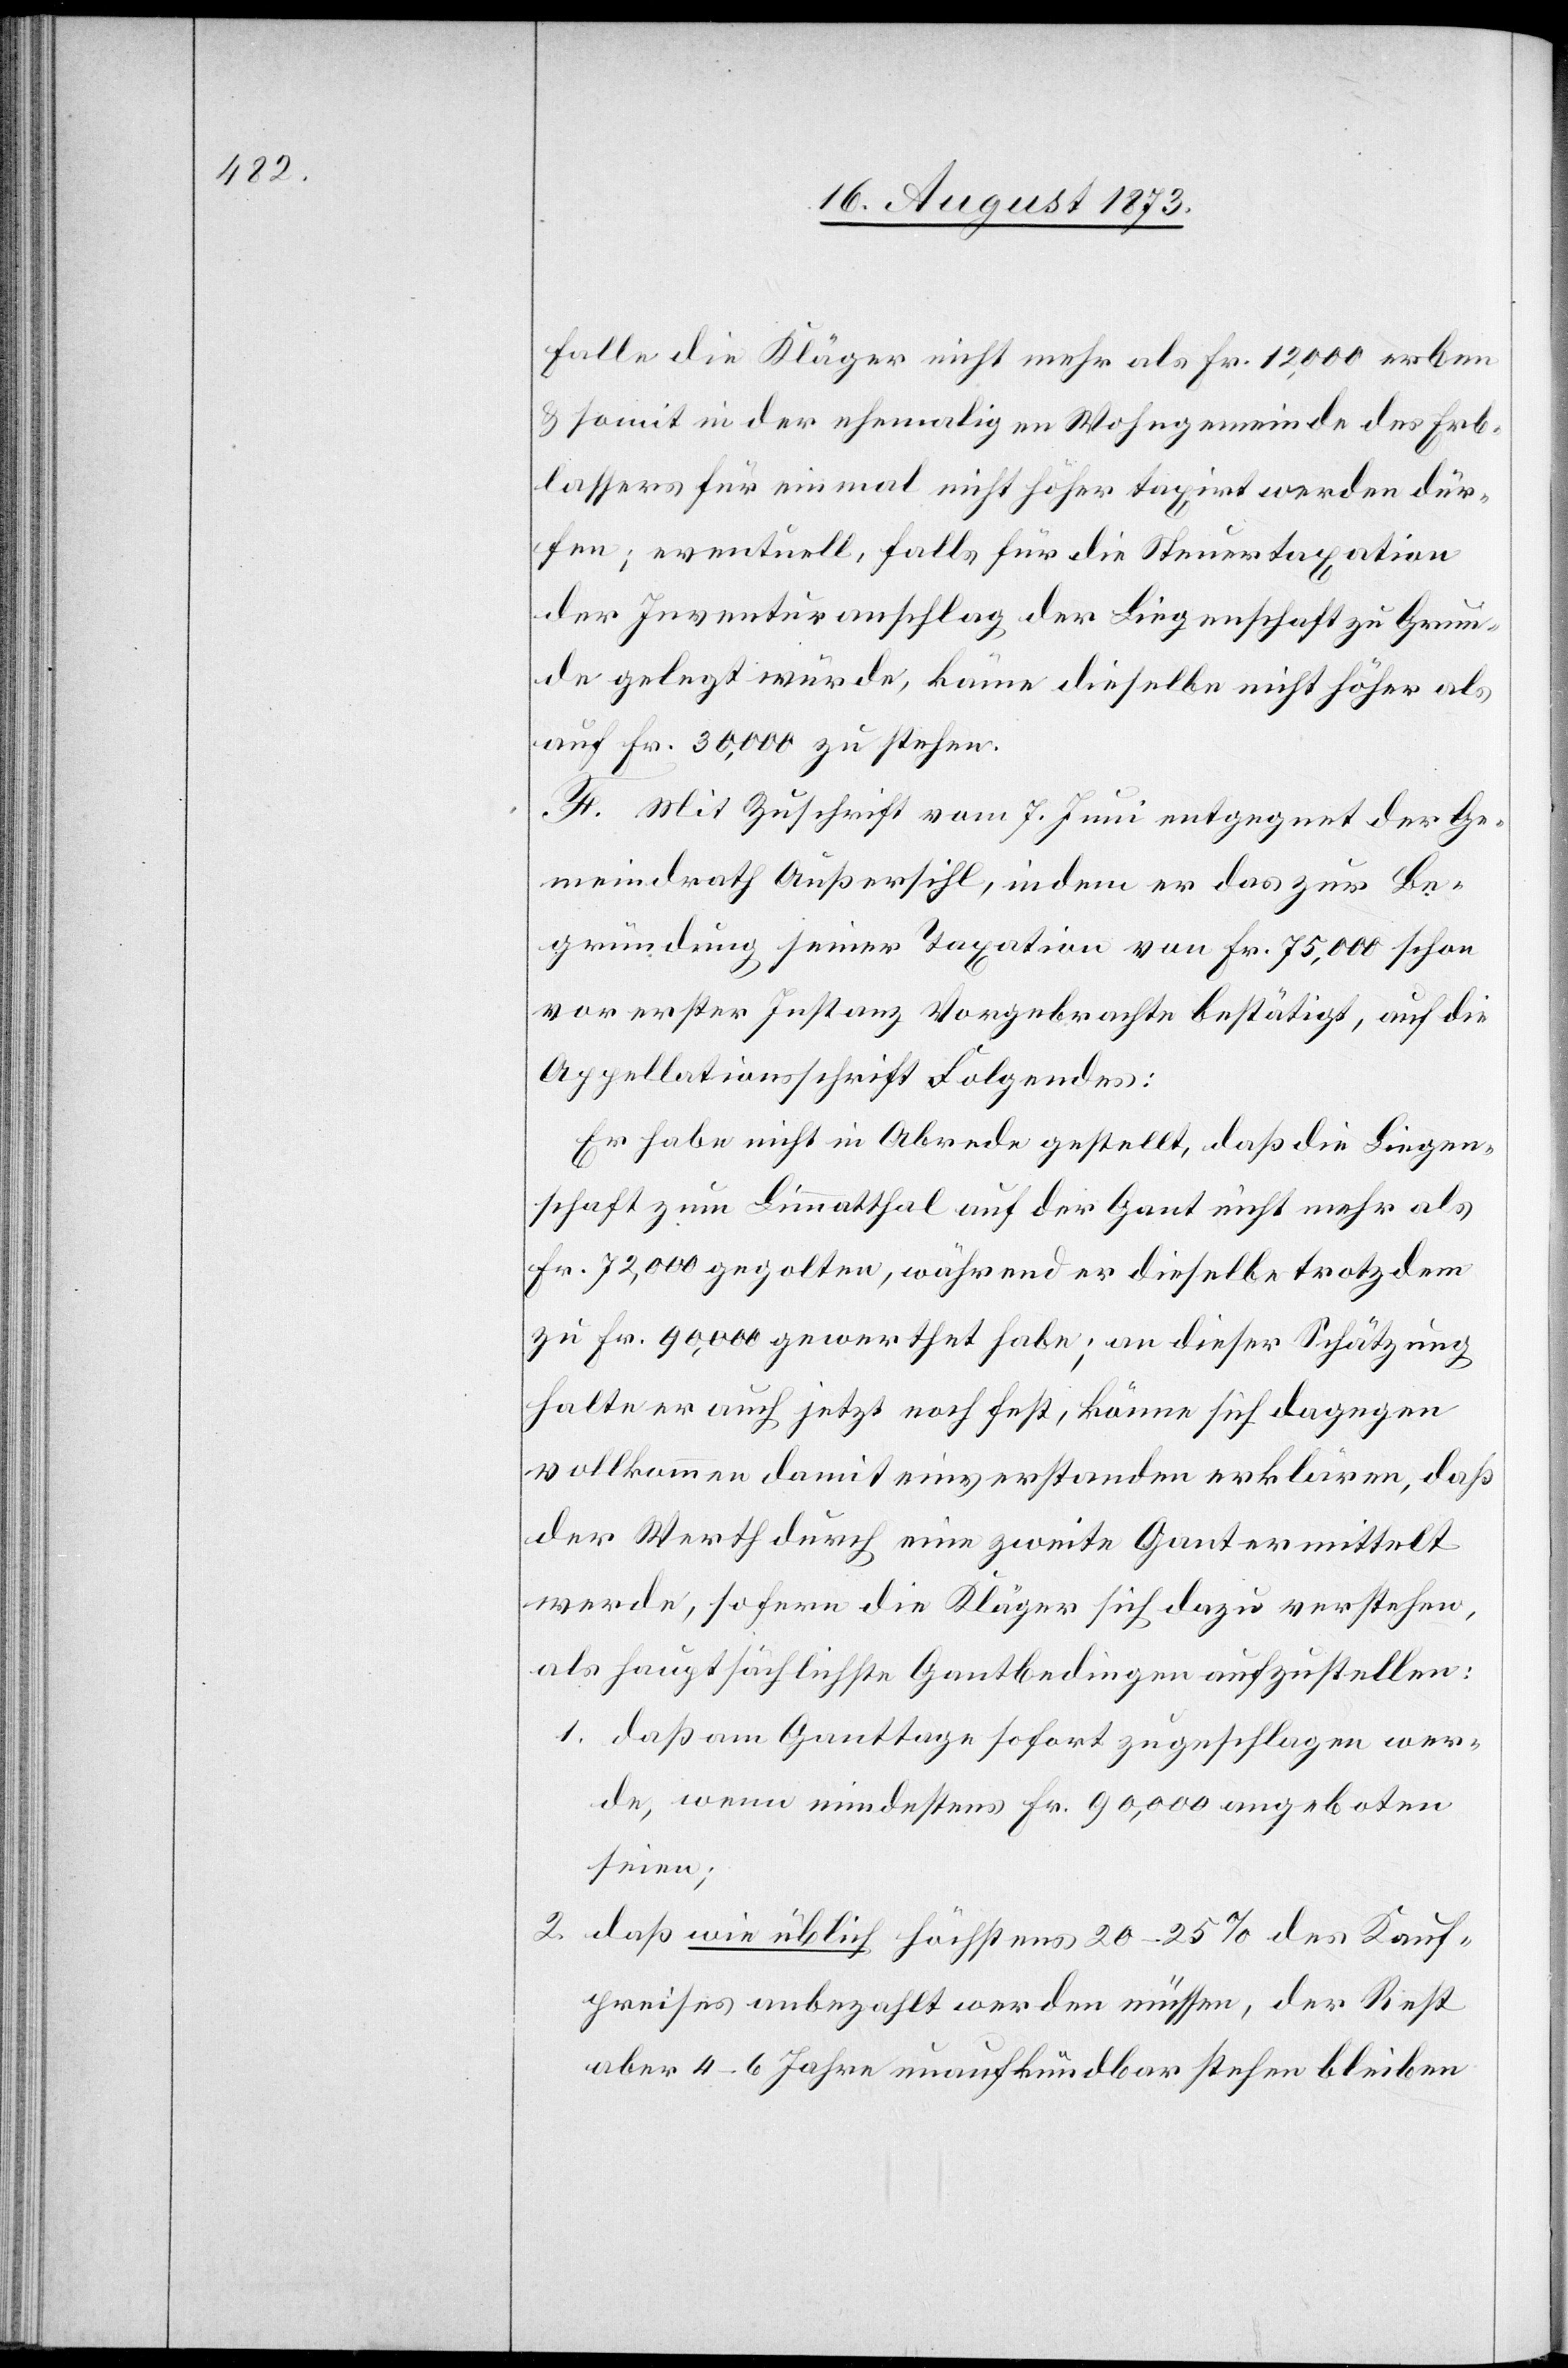
Falle die Kläger nicht mehr als Fr. 12,000 erben
& somit in der ehemaligen Wohngemeinde des Erb¬
lassers für einmal nicht höher taxirt werden dür¬
fen; eventuell, falls für die Steuertaxation
der Inventuranschlag der Liegenschaft zu Grun¬
de gelegt würde, käme dieselbe nicht höher als
auf Fr. 30,000 zu stehen.
F. Mit Zuschrift vom 7. Juni entgegnet der Ge¬
meindrath Außersihl, indem er das zur Be¬
gründung seiner Taxation von Fr. 75,000 schon
vor erster Instanz Vorgebrachte bestätigt, auf die
Appellationsschrift Folgendes:
Er habe nicht in Abrede gestellt, daß die Liegen¬
schaft zum Limmatthal auf der Gant nicht mehr als
Fr. 72,000 gegolten, während er dieselbe trotzdem
zu Fr. 90,000 gewerthet habe; an dieser Schätzung
halte er auch jetzt noch fest, könne sich dagegen
vollkommen damit einverstanden erklären, daß
der Werth durch eine zweite Gant ermittelt
werde, sofern die Kläger sich dazu verstehen,
als hauptsächlichste Gantbedingen aufzustellen:
1. daß am Ganttage sofort zugeschlagen wer¬
de, wenn mindestens Fr. 90,000 angeboten
seien;
2. daß wie üblich höchstens 20–25% des Kauf¬
preises anbezahlt werden müssen, der Rest
aber 4–6 Jahre unaufkündbar stehen bleiben